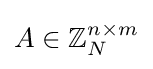
A\in \mathbb {Z} _{N}^{n\times m}